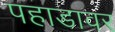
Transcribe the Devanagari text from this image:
पहाडावर